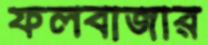
ফলবাজার